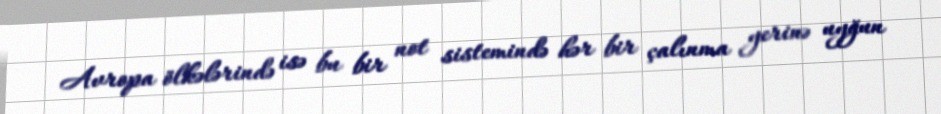
Avropa ölkələrində isə bu bir not sistemində hər bir çalınma yerinə uyğun